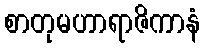
စာတုမဟာရာဇိကာနံ